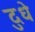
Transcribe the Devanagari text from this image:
दुधे